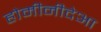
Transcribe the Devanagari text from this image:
होमीनीदेआ